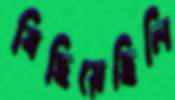
বিছিয়েছিলি